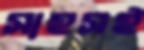
সাহসই